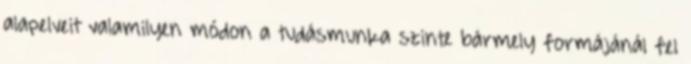
alapelveit valamilyen módon a tudásmunka szinte bármely formájánál fel